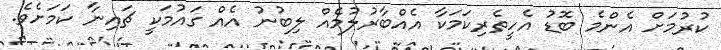
ކުރުމަށް އެންމެ ބޮޑު އެހީތެރިކަމަކާ އެއްބާރުލުމެއް ލިބުނު އެއް ގައުމަކީ ޗައިނާ ކަމަށެވެ.